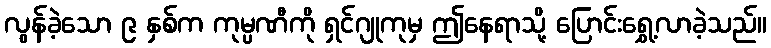
လွန်ခဲ့သော ၉ နှစ်က ကုမ္ပဏီကို ရှင်ဂျုကုမှ ဤနေရာသို့ ပြောင်းရွှေ့လာခဲ့သည်။